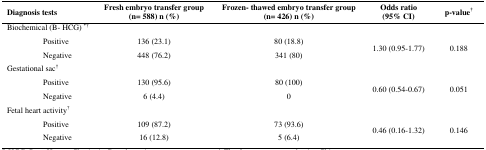
<table><thead><tr><td><b>Diagnosis tests</b></td><td><b>Fresh embryo transfer group(n= 588) n (%)</b></td><td><b>Frozen- thawed embryo transfer group(n= 426) n (%)</b></td><td><b>Odds ratio(95% CI)</b></td><td><b>p-value†</b></td></tr></thead><tbody><tr><td colspan="5">Biochemical (B- HCG) *†</td></tr><tr><td>Positive</td><td>136 (23.1)</td><td>80 (18.8)</td><td rowspan="2">1.30 (0.95-1.77)</td><td rowspan="2">0.188</td></tr><tr><td>Negative</td><td>448 (76.2)</td><td>341 (80)</td></tr><tr><td colspan="5">Gestational sac†</td></tr><tr><td>Positive</td><td>130 (95.6)</td><td>80 (100)</td><td rowspan="2">0.60 (0.54-0.67)</td><td rowspan="2">0.051</td></tr><tr><td>Negative</td><td>6 (4.4)</td><td>0</td></tr><tr><td colspan="5">Fetal heart activity†</td></tr><tr><td>Positive</td><td>109 (87.2)</td><td>73 (93.6)</td><td rowspan="2">0.46 (0.16-1.32)</td><td rowspan="2">0.146</td></tr><tr><td>Negative</td><td>16 (12.8)</td><td>5 (6.4)</td></tr></tbody></table>